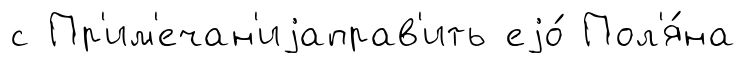
с Пр'им'ечан'иjаправ'ить еjо́ Пол'я́на